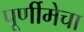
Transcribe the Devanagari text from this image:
पूर्णीमेचा